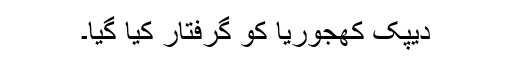
دیپک کھجوریا کو گرفتار کیا گیا۔